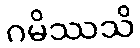
ဂမိဿသိ